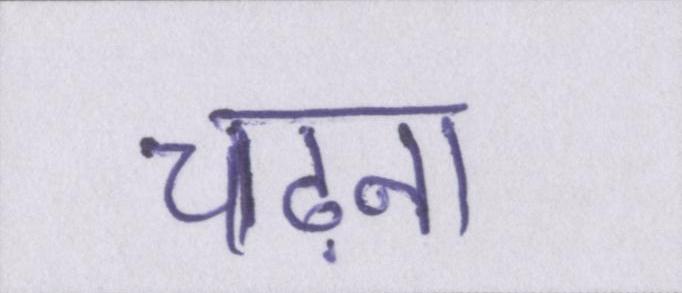
चढ़ना